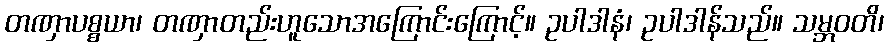
တဏှာပစ္စယာ၊ တဏှာတည်းဟူသောအကြောင်းကြောင့်။ ဥပါဒါနံ၊ ဥပါဒါန်သည်။ သမ္ဘဝတိ၊